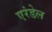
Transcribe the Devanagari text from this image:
एरंडेल